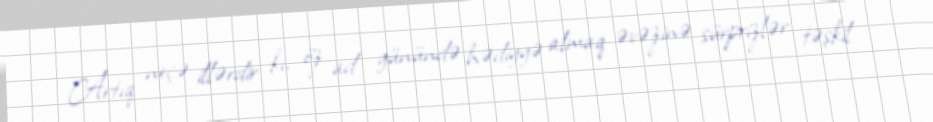
Artıq neçə illərdir ki, öz ad günündə hədiyyə almaq əvəzinə sürprizlər təşkil